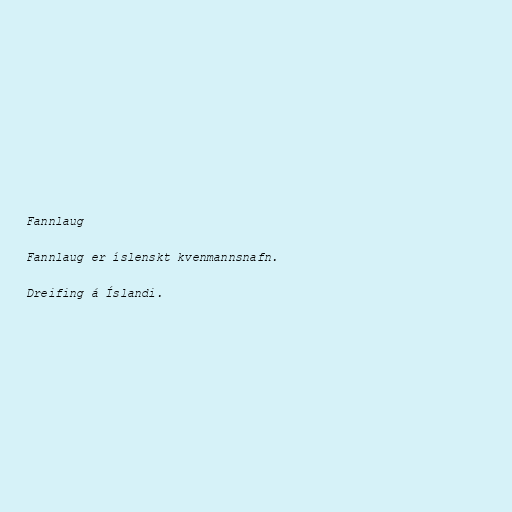
Fannlaug

Fannlaug er íslenskt kvenmannsnafn.

Dreifing á Íslandi.